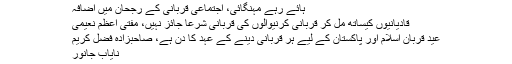
خبر کا کوڈ : 745665
ہائے رہے مہنگائی، اجتماعی قربانی کے رجحان میں اضافہ
قادیانیوں کیساتھ مل کر قربانی کرنیوالوں کی قربانی شرعاً جائز نہیں، مفتی اعظم نعیمی
عید قربان اسلام اور پاکستان کے لیے ہر قربانی دینے کے عہد کا دن ہے، صاحبزادہ فضل کریم
نایاب جانور
عید کا دن۔